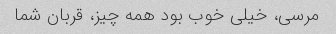
مرسی، خیلی خوب بود همه چیز، قربان شما